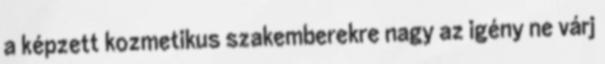
a képzett kozmetikus szakemberekre nagy az igény ne várj